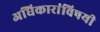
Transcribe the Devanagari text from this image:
अधिकारांविषयी